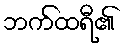
ဘက်ထရီ၏